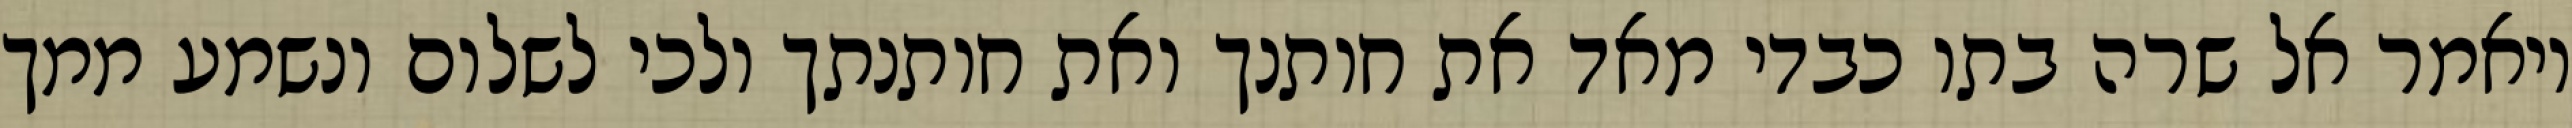
ויאמר אל שרה בתו כבדי מאד את חותנך ואת חותנתך ולכי לשלום ונשמע ממך